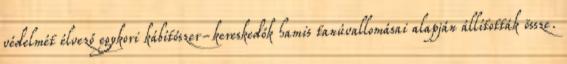
védelmét élvező egykori kábítószer-kereskedők hamis tanúvallomásai alapján állították össze.